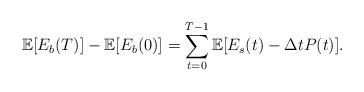
LaTeX: \begin{align*}\mathbb{E}[E_b(T)]-\mathbb{E}[E_b(0)]=\sum_{t=0}^{T-1}\mathbb{E}[E_s(t)-\Delta tP(t)].\end{align*}